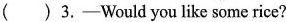
() 3.-Would you like some rice?